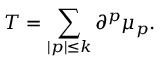
T = \sum _ { | p | \leq k } \partial ^ { p } \mu _ { p } .